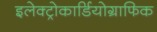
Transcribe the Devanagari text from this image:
इलेक्ट्रोकार्डियोग्राफिक